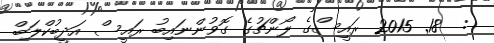
:  18